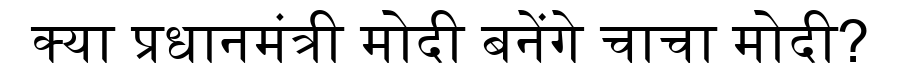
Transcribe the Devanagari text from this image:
क्या प्रधानमंत्री मोदी बनेंगे चाचा मोदी?